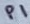
Text: P1